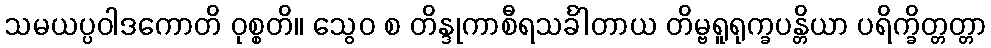
သမယပ္ပဝါဒကောတိ ဝုစ္စတိ။ သွေဝ စ တိန္ဒုကာစီရသင်္ခါတာယ တိမ္ဗရူရုက္ခပန္တိယာ ပရိက္ခိတ္တတ္တာ